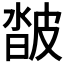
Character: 𤿽